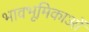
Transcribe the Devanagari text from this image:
भावभूमिकाओं